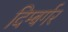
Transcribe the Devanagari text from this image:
दिम्बर्गर